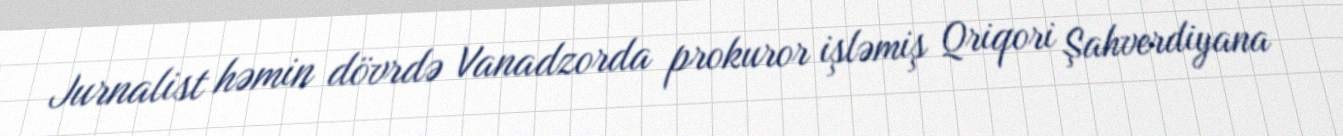
Jurnalist həmin dövrdə Vanadzorda prokuror işləmiş Qriqori Şahverdiyana